Civil Veterinary Department Bengal reports 1923-33 - 1923-1933
Year: 1923
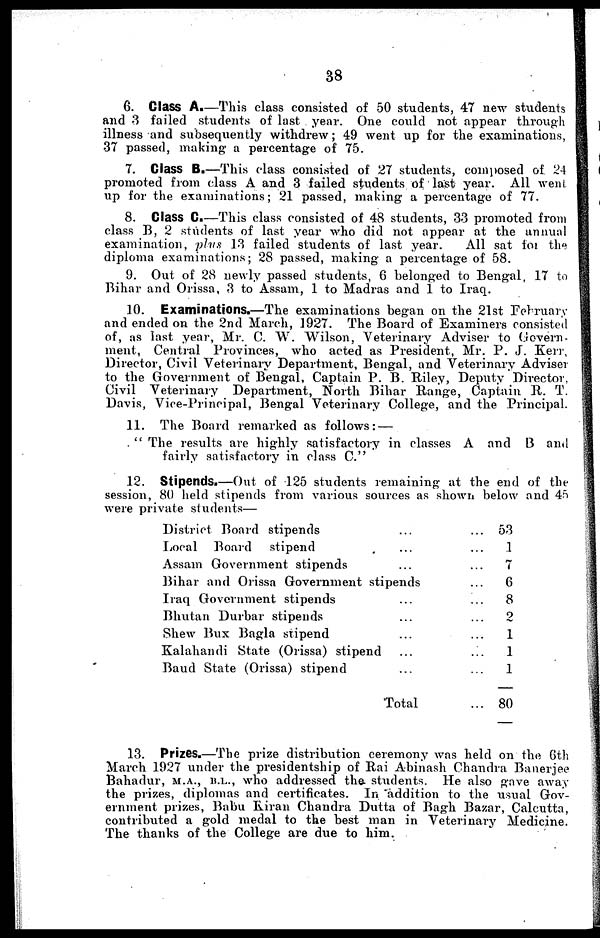
38
6. Class A.—This class consisted of 50 students, 47 new students
and 3 failed students of last year. One could not appear through
illness and subsequently withdrew; 49 went up for the examinations,
37 passed, making- a percentage of 75.
7. Class B.—This class consisted of 27 students, composed of 24
promoted from class A and 3 failed students of last year. All went
up for the examinations; 21 passed, making a percentage of 77.
8. Class C.—This class consisted of 48 students, 33 promoted from
class B, 2 students of last year who did not appear at the annual
examination, plus 13 failed students of last year.
All sat for the
diploma examinations; 28 passed, making a percentage of 58.
9. Out of 28 newly passed students, 6 belonged to Bengal, 17 to
Bihar and Orissa, 3 to Assam, 1 to Madras and 1 to Iraq.
10. Examinations.—The examinations began on the 21st February
and ended on the 2nd March, 1927. The Board of Examiners consisted
of, as last year, Mr. C. W. Wilson, Veterinary Adviser to Govern-
ment, Central Provinces, who acted as President, Mr. P. J. Kerr,
Director, Civil Veterinary Department, Bengal, and Veterinary Adviser
to the Government of Bengal, Captain P. B. Riley, Deputy Director,
Civil Veterinary Department, North Bihar Range, Captain R. T.
Davis, Vice-Principal, Bengal Veterinary College, and the Principal.
11. The Board remarked as follows: —
" The results are highly satisfactory in classes A and B and
fairly satisfactory in class C."
12. Stipends.—Out of 125 students remaining at the end of the
session, 80 held stipends from various sources as shown below and 45
were private students—
District Board stipends ...
Local Board stipend ...
Assam Government stipends ...
Bihar and Orissa Government stipends
Iraq Government stipends ...
Bhutan Durbar stipends...
Shew Bux Bagla stipend ...
Kalahandi State (Orissa) stipend ...
Baud State (Orissa) stipend ...
Total
...
...
...
...
...
...
...
...
...
...
53
1
7
6
8
2
1
1
1
80
13. Prizes.—The prize distribution ceremony was held on the 6th
March 1927 under the presidentship of Rai Abinash Chandra Banerjee
Bahadur, M.A., B.L., who addressed the students. He also gave away
the prizes, diplomas and certificates. In addition to the usual Gov-
ernment prizes, Babu Kiran Chandra Dutta of Bagh Bazar, Calcutta,
contributed a gold medal to the best man in Veterinary Medicine.
The thanks of the College are due to him.